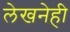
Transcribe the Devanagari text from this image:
लेखनेही